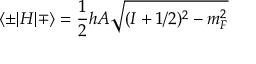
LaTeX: \langle \pm | H | \mp \rangle = { \frac { 1 } { 2 } } h A { \sqrt { ( I + 1 / 2 ) ^ { 2 } - m _ { F } ^ { 2 } } }